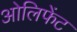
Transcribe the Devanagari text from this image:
ओलिफेंट